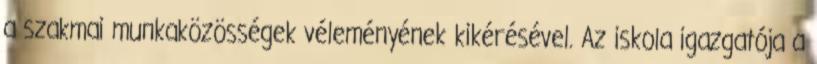
a szakmai munkaközösségek véleményének kikérésével. Az iskola igazgatója a